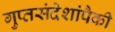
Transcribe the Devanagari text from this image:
गुप्तसंदेशांपैकी